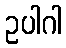
ဥပါဂါ